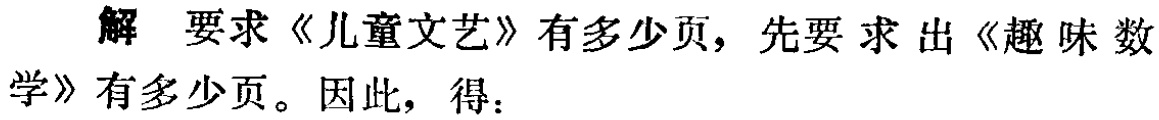
解 要求《儿童文艺》有多少页，先要求出《趣味数学》有多少页。因此，得：